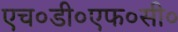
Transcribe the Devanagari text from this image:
एच०डी०एफ०सी०